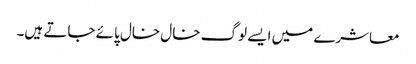
معاشرے میں ایسے لوگ خال خال پائے جاتے ہیں۔